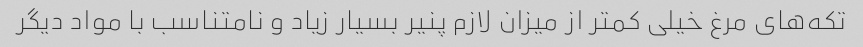
تکه‌های مرغ خیلی کمتر از میزان لازم پنیر بسیار زیاد و نامتناسب با مواد دیگر